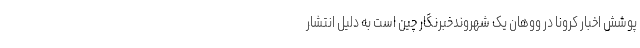
پوشش اخبار کرونا در ووهان یک شهروندخبرنگار چین است به دلیل انتشار